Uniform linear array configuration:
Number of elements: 32
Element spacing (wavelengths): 1
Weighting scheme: exponential
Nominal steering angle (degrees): -30
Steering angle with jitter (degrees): -31.352
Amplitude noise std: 0.05
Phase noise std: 0.05

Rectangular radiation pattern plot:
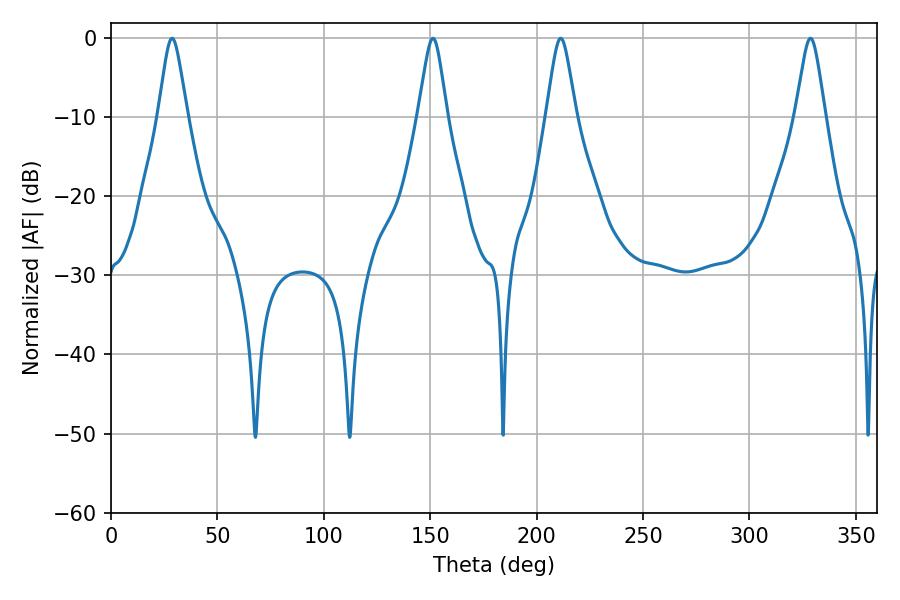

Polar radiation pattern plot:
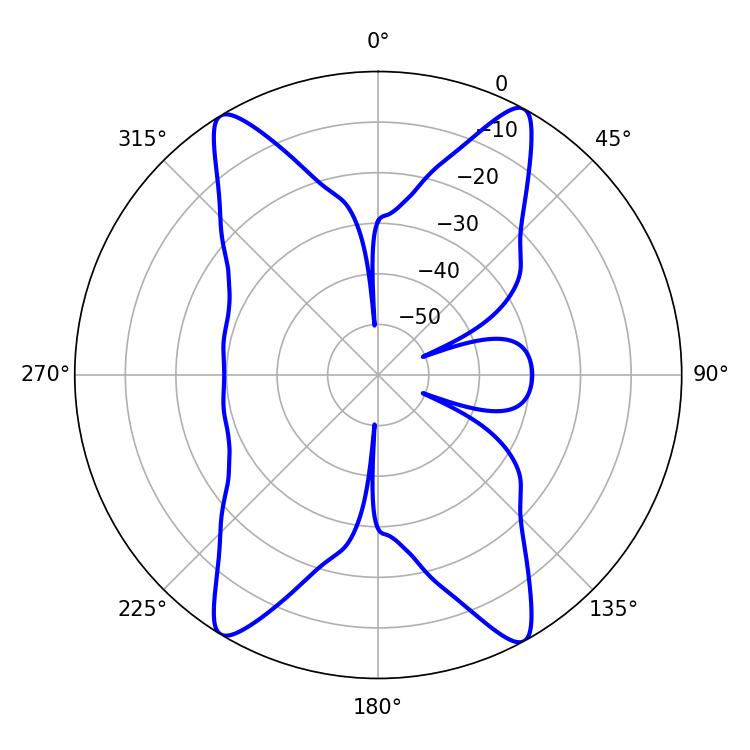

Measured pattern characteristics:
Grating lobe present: TRUE
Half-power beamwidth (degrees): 6.66
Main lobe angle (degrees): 211.32